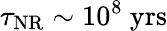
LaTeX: \tau_{\mathrm{NR}}\sim 10^{8}~\mathrm{yrs}